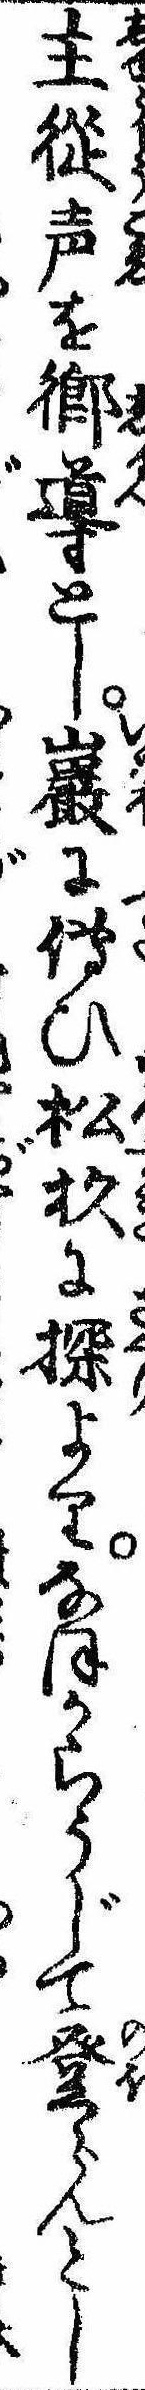
主従声を郷導とし巌に伝ひ松杉に探よりなほからうじて登らんとし